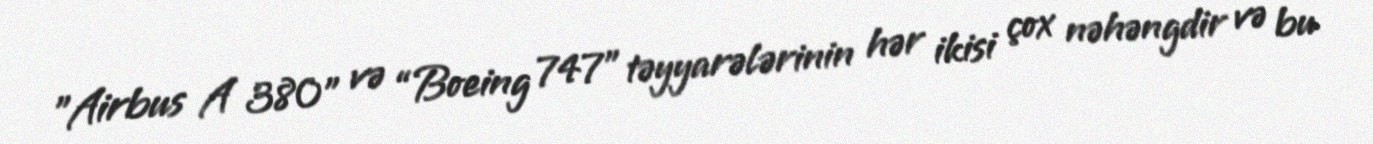
”Airbus A 380" və “Boeing 747" təyyarələrinin hər ikisi çox nəhəngdir və bu